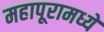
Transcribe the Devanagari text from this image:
महापूरामध्ये